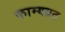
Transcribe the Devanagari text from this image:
काम्यव्रत